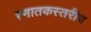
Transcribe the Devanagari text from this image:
स्नातकस्तरीय